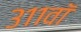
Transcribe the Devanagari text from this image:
३११वॉ